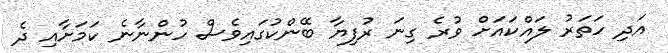
އަދި ހަތަރު ލައްކައަށް ވުރެ ގިނަ ރުފިޔާ ބޭންކުގައިވެސް ހުންނާނެ ކަމަށާއި ދެ